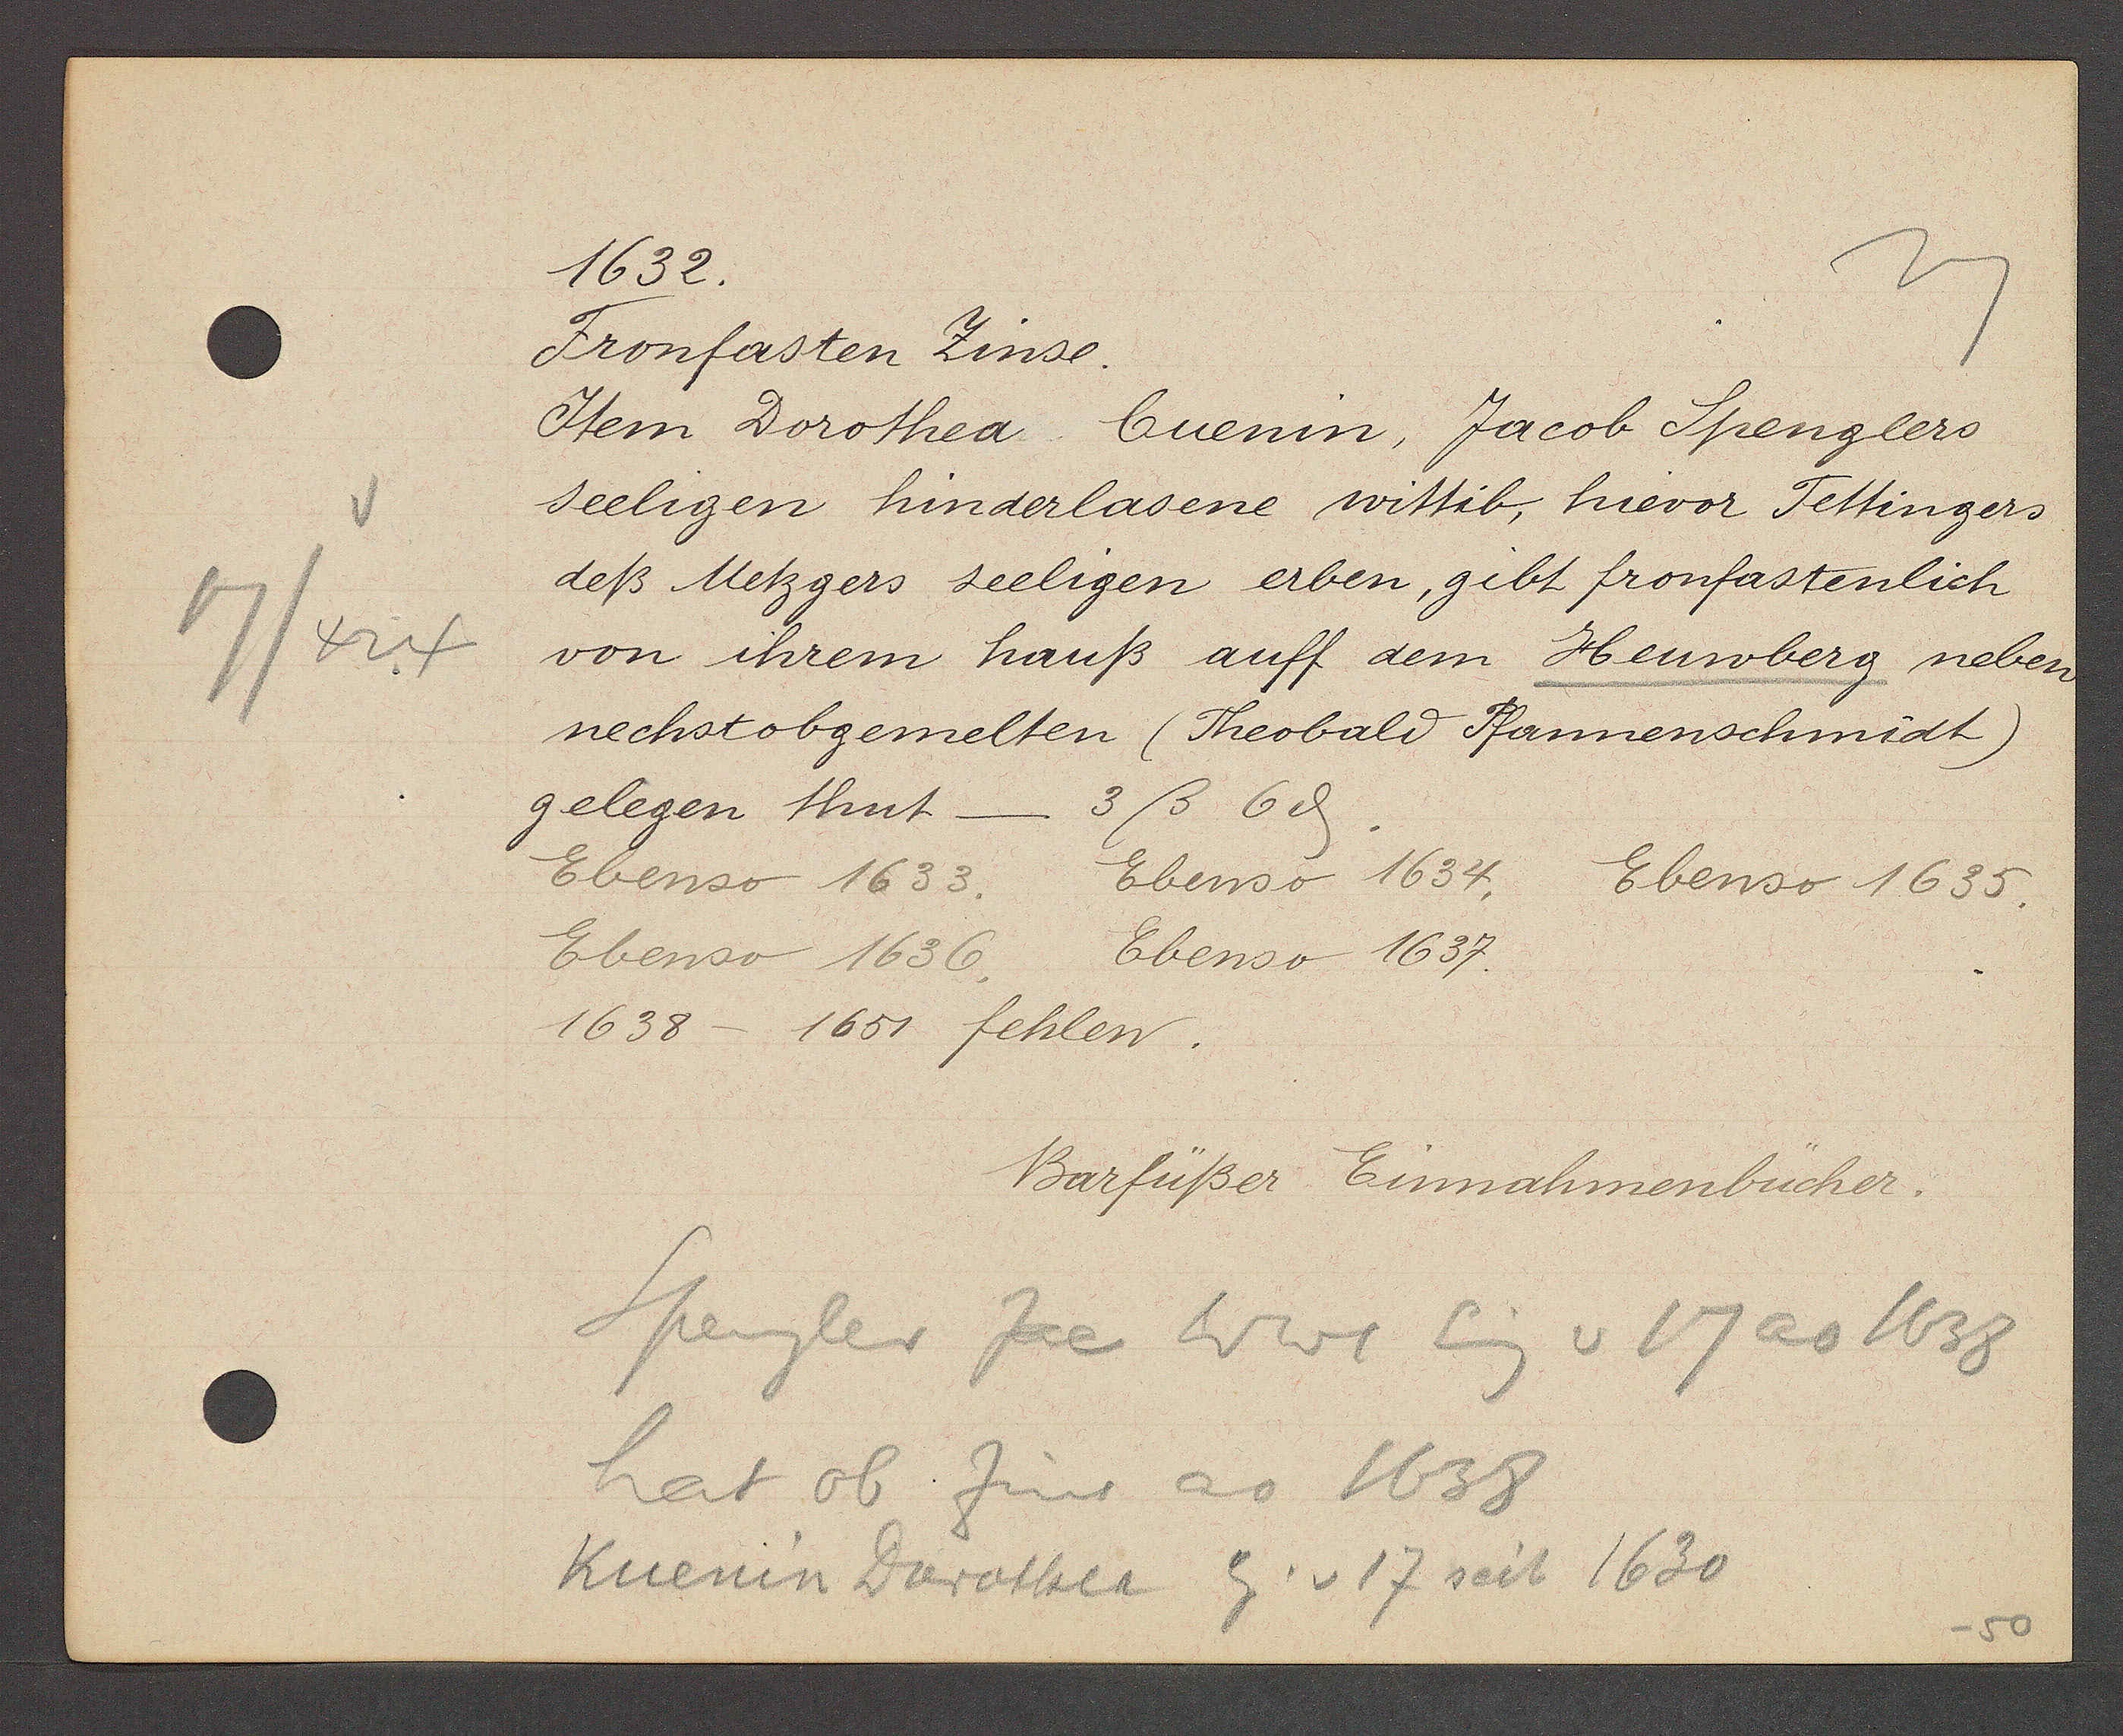
Transcript:
17/424

1632.

Fronfasten Zinse.
Item Dorothea Cuenin, Jacob Spenglers
seeligen hinderlasene wittib, hievor Tettingers
deß Metzgers seeligen erben, gibt fronfastenlich
von ihrem hauß auff dem Heuwberg neben
nechstobgemelten (Theobald Pfannenschmidt)
gelegen thut - 3ß 6ȡ.
Ebenso 1633.
Ebenso 1636.
1638 - 1651 fehlen.
Ebenso 1634.
Ebenso 1637.
Ebenso 1635.

Barfüßer

Spengler Jac Wwe Eig v 17 ao 1638
hat ob Zins ao 1638
Kuenin Dorothea Eig. v. 17 seit 1630
er. Einnahmenbücher